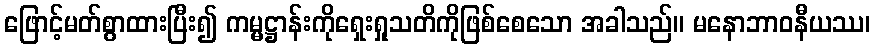
ဖြောင့်မတ်စွာထားပြီး၍ ကမ္မဋ္ဌာန်းကိုရှေးရှုသတိကိုဖြစ်စေသော အခါသည်။ မနောဘာဝနီယဿ၊